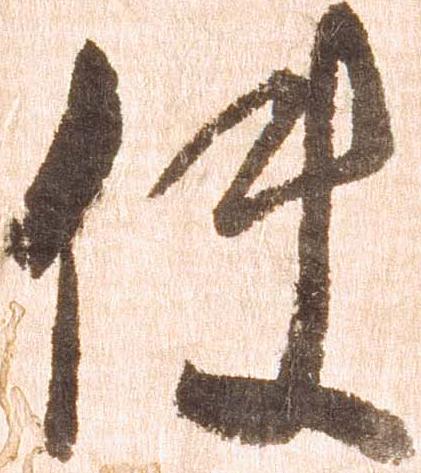
使